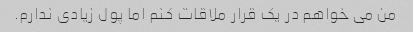
من می خواهم در یک قرار ملاقات کنم اما پول زیادی ندارم.